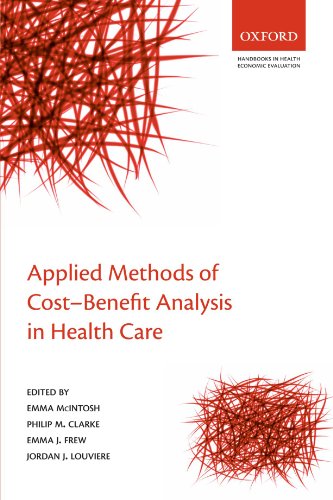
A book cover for Applied Methods of Cost-benefit Analysis in Health Care (Handbooks in Health Economic Evaluation); Emma McIntosh; Medical Books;